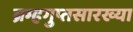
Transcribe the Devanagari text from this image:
ब्रम्हगुप्तसारख्या